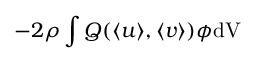
- 2 \rho \int Q ( \langle { u } \rangle , \langle { v } \rangle ) \phi \mathrm { d V }